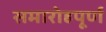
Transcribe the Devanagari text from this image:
समारोहपूर्ण